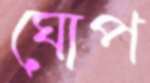
ঘোপ